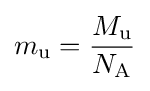
m_{\rm {u}}={\frac {M_{\rm {u}}}{N_{\rm {A}}}}